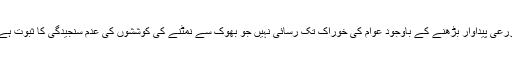
زرعی پیداوار بڑھنے کے باوجود عوام کی خوراک تک رسائی نہیں جو بھوک سے نمٹنے کی کوششوں کی عدم سنجیدگی کا ثبوت ہے۔